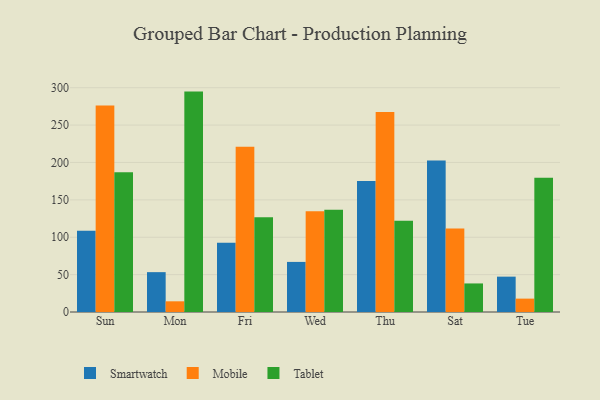
{"axis": {"x": "Day", "y": "Tickets Resolved"}, "legend": ["Mobile", "Smartwatch", "Tablet"], "data": [{"x": "Sun", "y": 108.7, "type": "Smartwatch"}, {"x": "Sun", "y": 276.2, "type": "Mobile"}, {"x": "Sun", "y": 187.0, "type": "Tablet"}, {"x": "Mon", "y": 53.3, "type": "Smartwatch"}, {"x": "Mon", "y": 14.3, "type": "Mobile"}, {"x": "Mon", "y": 294.8, "type": "Tablet"}, {"x": "Fri", "y": 92.7, "type": "Smartwatch"}, {"x": "Fri", "y": 221.1, "type": "Mobile"}, {"x": "Fri", "y": 126.9, "type": "Tablet"}, {"x": "Wed", "y": 67.0, "type": "Smartwatch"}, {"x": "Wed", "y": 134.8, "type": "Mobile"}, {"x": "Wed", "y": 136.9, "type": "Tablet"}, {"x": "Thu", "y": 175.2, "type": "Smartwatch"}, {"x": "Thu", "y": 267.4, "type": "Mobile"}, {"x": "Thu", "y": 122.0, "type": "Tablet"}, {"x": "Sat", "y": 202.8, "type": "Smartwatch"}, {"x": "Sat", "y": 111.8, "type": "Mobile"}, {"x": "Sat", "y": 38.2, "type": "Tablet"}, {"x": "Tue", "y": 47.3, "type": "Smartwatch"}, {"x": "Tue", "y": 17.9, "type": "Mobile"}, {"x": "Tue", "y": 179.5, "type": "Tablet"}]}